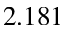
2 . 1 8 1